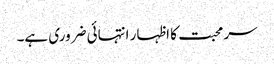
سر محبت کا اظہار انتہائی ضروری ہے۔